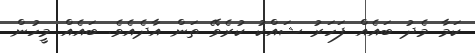
ކަމާ މެދު ބައެއް ފަހަރު ޝައްކު ކުރެވޭ ތަން އާދެއެވެ. ބައެއް މީހުން